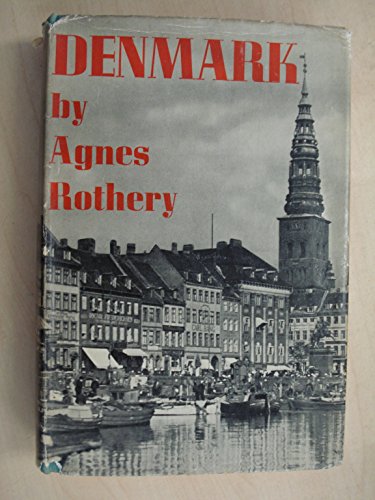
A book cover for Denmark, kingdom of reason,; Agnes Rothery; Travel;